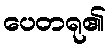
ပေတရု၏